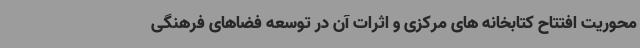
محوریت افتتاح کتابخانه های مرکزی و اثرات آن در توسعه فضاهای فرهنگی